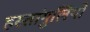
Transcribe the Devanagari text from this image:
हस्तांगुलियों